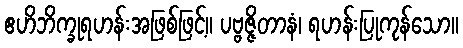
ဧဟိဘိက္ခုရဟန်းအဖြစ်ဖြင့်။ ပဗ္ဗဇ္ဇိတာနံ၊ ရဟန်းပြုကုန်သော။